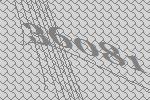
36081